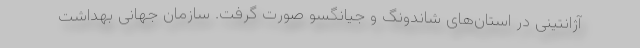
آژانتینی در استان‌های شاندونگ و جیانگسو صورت گرفت. سازمان جهانی بهداشت